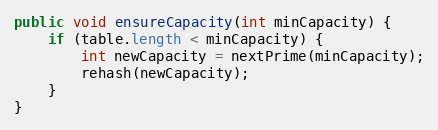
Language: Java
public void ensureCapacity(int minCapacity) {
	if (table.length < minCapacity) {
		int newCapacity = nextPrime(minCapacity);
		rehash(newCapacity);
	}
}